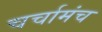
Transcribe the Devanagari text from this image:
चर्चामंच